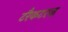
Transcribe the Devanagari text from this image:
टरैकटरज़